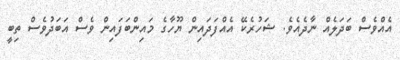
އެއްވެސް ބަދަލެއް ނާދެއެވެ. ޝަހުރެކޭ އެއްފަދައިން ޔޫހާގެ މައިންބަފައިން ވެސް އަބަދުވެސް ތިބީ